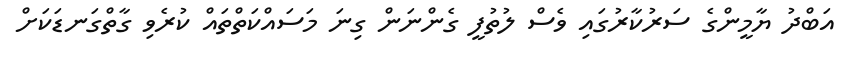
އަބްދު ޔާމީންގެ ސަރުކާރުގައި ވެސް ލުތުފީ ގެންނަން ގިނަ މަސައްކަތްތައް ކުރެވި ގާތްގަނޑަކަށް